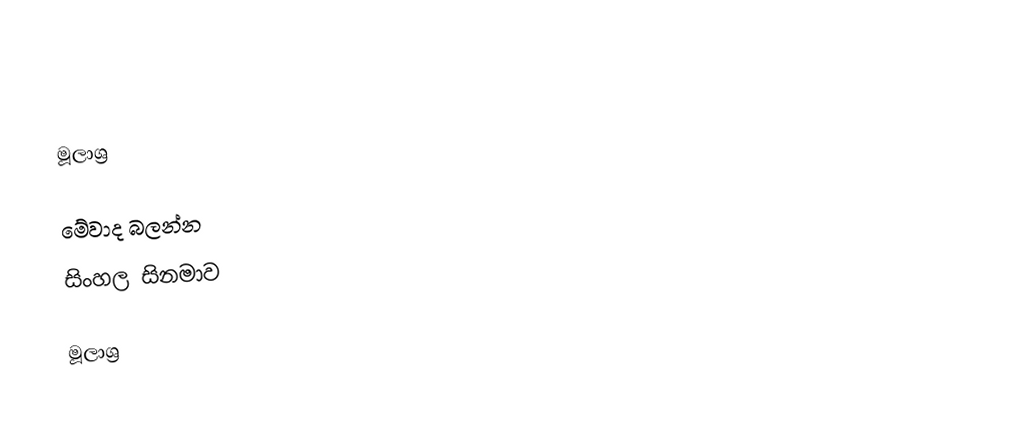

මූලාශ්‍ර

මේවාද බලන්න
සිංහල සිනමාව

මූලාශ්‍ර